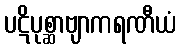
ပဋိပုစ္ဆာဗျာကရဏီယံ